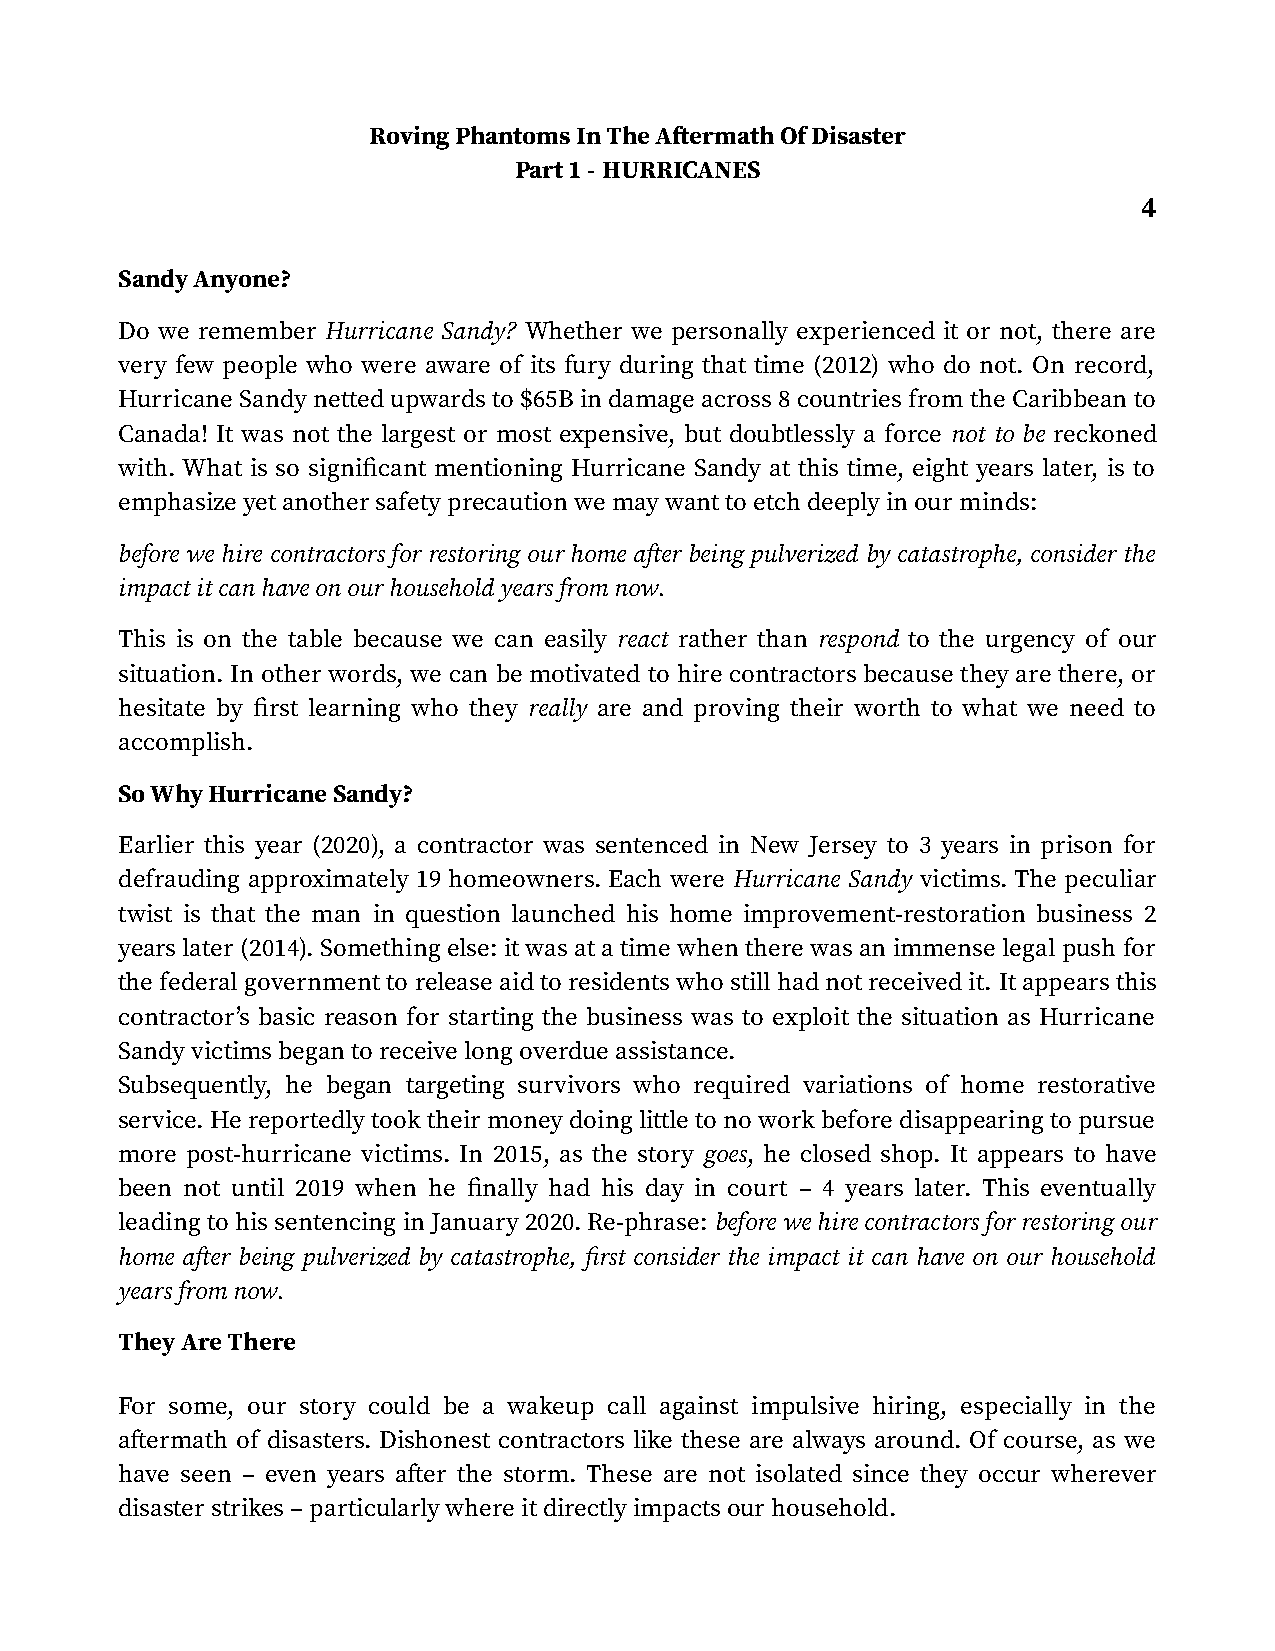
Roving Phantoms In The Aftermath Of Disaster
 Part 1 - HURRICANES
 4
 Sandy Anyone?
 Do we remember Hurricane Sandy? Whether we personally experienced it or not, there are
 very few people who were aware of its fury during that time (2012) who do not. On record,
 Hurricane Sandy netted upwards to $65B in damage across 8 countries from the Caribbean to
 Canada! It was not the largest or most expensive, but doubtlessly a force not to be reckoned
 with. What is so significant mentioning Hurricane Sandy at this time, eight years later, is to
 emphasize yet another safety precaution we may want to etch deeply in our minds:
 before we hire contractors for restoring our home after being pulverized by catastrophe, consider the
 impact it can have on our household years from now.
 This is on the table because we can easily react rather than respond to the urgency of our
 situation. In other words, we can be motivated to hire contractors because they are there, or
 hesitate by first learning who they really are and proving their worth to what we need to
 accomplish.
 So Why Hurricane Sandy?
 Earlier this year (2020), a contractor was sentenced in New Jersey to 3 years in prison for
 defrauding approximately 19 homeowners. Each were Hurricane Sandy victims. The peculiar
 twist is that the man in question launched his home improvement-restoration business 2
 years later (2014). Something else: it was at a time when there was an immense legal push for
 the federal government to release aid to residents who still had not received it. It appears this
 contractor’s basic reason for starting the business was to exploit the situation as Hurricane
 Sandy victims began to receive long overdue assistance.
 Subsequently, he began targeting survivors who required variations of home restorative
 service. He reportedly took their money doing little to no work before disappearing to pursue
 more post-hurricane victims. In 2015, as the story goes, he closed shop. It appears to have
 been not until 2019 when he finally had his day in court – 4 years later. This eventually
 leading to his sentencing in January 2020. Re-phrase: before we hire contractors for restoring our
 home after being pulverized by catastrophe, first consider the impact it can have on our household
 years from now.
 They Are There
 For some, our story could be a wakeup call against impulsive hiring, especially in the
 aftermath of disasters. Dishonest contractors like these are always around. Of course, as we
 have seen – even years after the storm. These are not isolated since they occur wherever
 disaster strikes – particularly where it directly impacts our household.